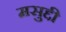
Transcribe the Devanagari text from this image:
मसुद्दी